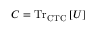
C = { \mathrm { T r } } _ { \mathrm { C T C } } \left[ U \right]